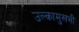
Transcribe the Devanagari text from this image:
उल्कामुखभी